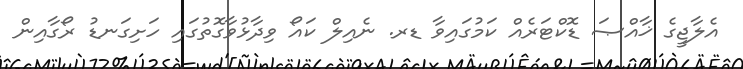
އެލާޖީގެ ޚާއްޞަ ޑޮކްޓަރެއް ކަމުގައިވާ ޑރ. ނެއިލް ކައޯ ވިދާޅުވާގޮތުގައި ހަށިގަނޑު ރޯގާއިން